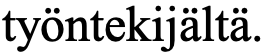
työntekijältä.